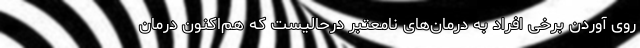
روی آوردن برخی افراد به درمان‌های نامعتبر درحالیست که هم‌اکنون درمان